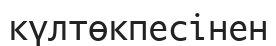
күлтөкпесінен